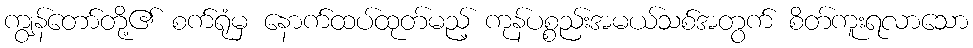
ကျွန်တော်တို့၏ စက်ရုံမှ နောက်ထပ်ထုတ်မည့် ကုန်ပစ္စည်းအမယ်သစ်အတွက် စိတ်ကူးရလာသော